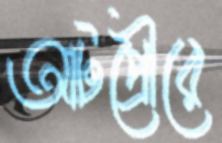
আটপ্রৌরে